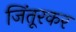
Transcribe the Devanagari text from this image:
जिंतूरकर